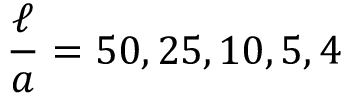
\frac { \ell } { a } = 5 0 , 2 5 , 1 0 , 5 , 4